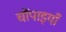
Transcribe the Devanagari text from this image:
चौंपाइयाँ